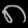
Digit: ၈